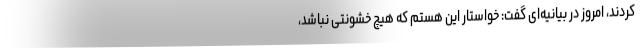
کردند، امروز در بیانیه‌ای گفت: خواستار این هستم که هیچ خشونتی نباشد،